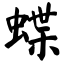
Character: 蝶